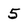
Character: 5